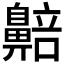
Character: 𬹰